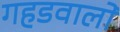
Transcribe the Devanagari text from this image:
गहडवालों